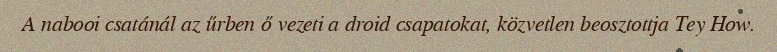
A nabooi csatánál az űrben ő vezeti a droid csapatokat, közvetlen beosztottja Tey How.